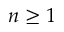
n \ge 1